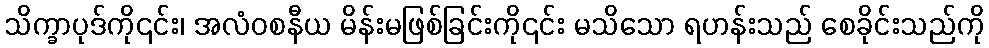
သိက္ခာပုဒ်ကို၎င်း၊ အလံဝစနီယ မိန်းမဖြစ်ခြင်းကို၎င်း မသိသော ရဟန်းသည် စေခိုင်းသည်ကို